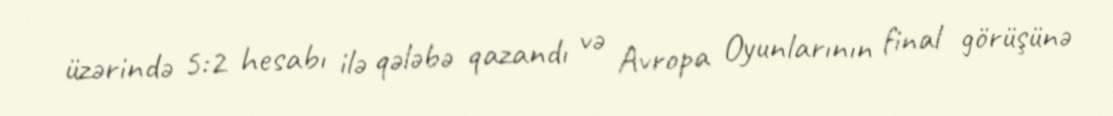
üzərində 5:2 hesabı ilə qələbə qazandı və Avropa Oyunlarının final görüşünə